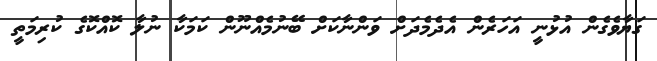
ގަޔާވެގެން އުޅުނީ އަހަރެން އެދެމެދަށް ވަންނާކަށް ބޭނުމެއްނޫން ކަމަކާ ނުލާ ކޮއްކޮގެ ކުރިމަތީ